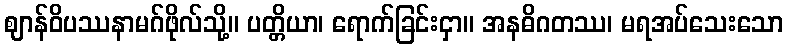
ဈာန်ဝိပဿနာမဂ်ဖိုလ်သို့။ ပတ္တိယာ၊ ရောက်ခြင်းငှာ။ အနဓိဂတဿ၊ မရအပ်သေးသော